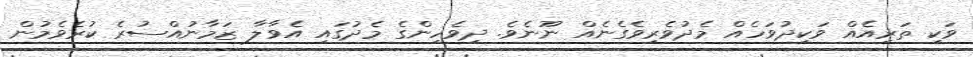
ވަކި ތަރިއެއް ވަކިދުވަހެއް މެދުވެރިވެގެނެއް ނޫނެވެ. ދިވެހިންގެ މެދުގައި އެވާލާ ޒަމާނުއްސުރެ ކުރެވެމުން